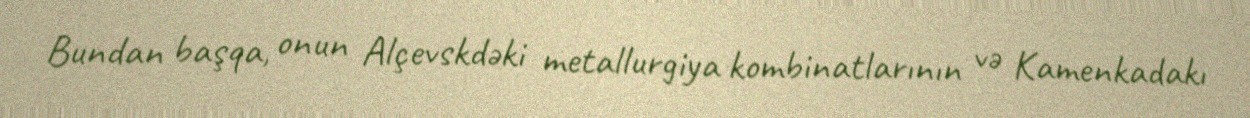
Bundan başqa, onun Alçevskdəki metallurgiya kombinatlarının və Kamenkadakı